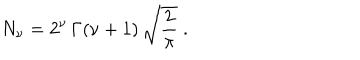
LaTeX: N _ { \nu } = 2 ^ { \nu } \, \Gamma ( \nu + 1 ) \, \sqrt { \frac { 2 } { \pi } } \; .